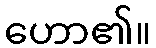
ဟော၏။